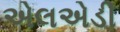
એલએડી